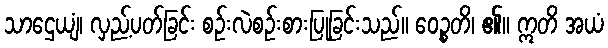
သာဌေယျံ၊ လှည့်ပတ်ခြင်း စဉ်းလဲစဉ်းစားပြုခြင်းသည်။ ဝေဉ္စတိ၊ ၏။ ဣတိ အယံ